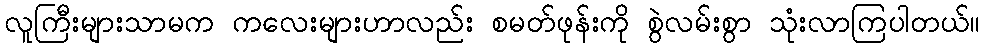
လူကြီးများသာမက ကလေးများဟာလည်း စမတ်ဖုန်းကို စွဲလမ်းစွာ သုံးလာကြပါတယ်။